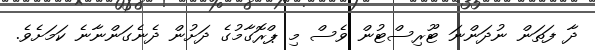
ދާ ފަތަން ނުދަންނަ ޓޫރިސްޓުން ވެސް މި ޕްރޮގާމުގެ ދަށުން ދެނެގަންނާނެ ކަމަށެވެ.